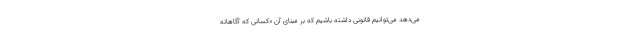
می‌دهد می‌توانیم قانونی داشته باشیم که بر مبنای آن «کسانی که آگاهانه